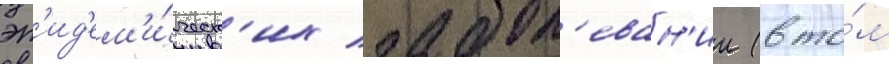
эп'ид'ем'и́ческ'их забол'еван'ии (в то́м